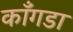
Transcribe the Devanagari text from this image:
काँगडा